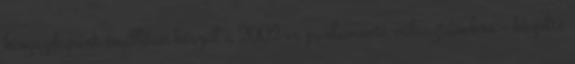
kisgazdapárt önállóan készül a 2002-es parlamenti választásokra - közölte